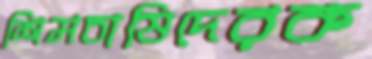
শিমচাষিদেরক